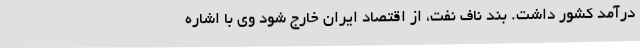
درآمد کشور داشت. بند ناف نفت، از اقتصاد ایران خارج شود وی با اشاره